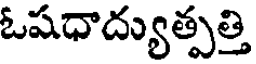
ఓషధాద్యుత్పత్తి